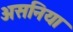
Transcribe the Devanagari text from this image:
असनिया